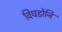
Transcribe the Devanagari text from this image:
विघडोनि